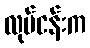
လုပ်ငန်းက